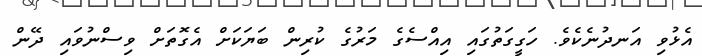
އެޅުވި އަނދުނެކެވެ. ހަގީގަތުގައި އިއްސެގެ މަރުގެ ކުރިން ބަޔަކަށް އެގޮތަށް ވިސްނުވައި ދޭން